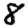
Digit: 8